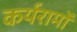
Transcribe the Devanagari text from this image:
कर्यरामों